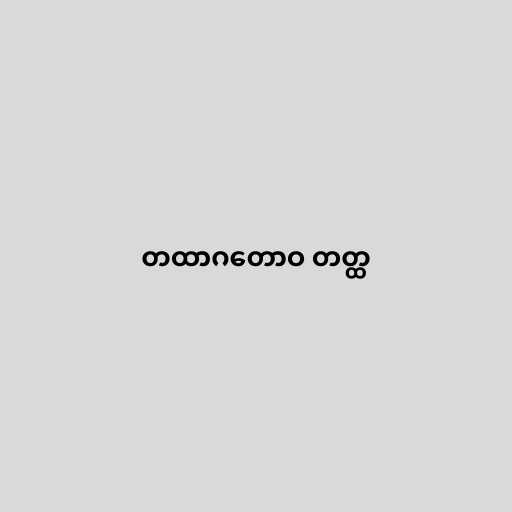
တထာဂတောဝ တတ္ထ